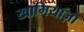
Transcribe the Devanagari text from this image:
खामियाज़ा